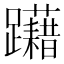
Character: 躤